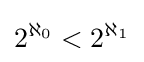
2^{\aleph _{0}}<2^{\aleph _{1}}